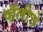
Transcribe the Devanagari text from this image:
व्हॅलीचे